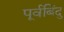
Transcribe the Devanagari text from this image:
पूर्वबिंदु